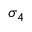
\sigma _ { 4 }